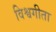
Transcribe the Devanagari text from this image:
विश्वगीता